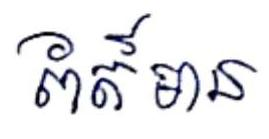
ព័ត៍មាន